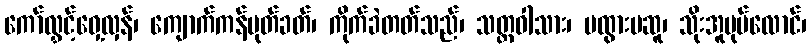
ကော်လွှင့်ဝှေ့လှန်၊ ကျောက်ကန်ပုတ်ခတ်၊ ကိုက်ခဲတတ်သည်၊ သတ္တဝါသား၊ မထွားမဆူ၊ သိုးအူပုပ်လောင်၊